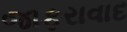
જાફરાવાદ